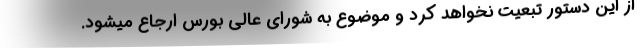
از این دستور تبعیت نخواهد کرد و موضوع به شورای عالی بورس ارجاع میشود.